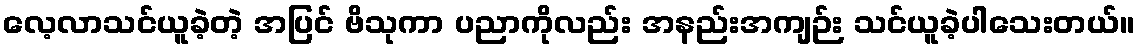
လေ့လာသင်ယူခဲ့တဲ့ အပြင် ဗိသုကာ ပညာကိုလည်း အနည်းအကျဉ်း သင်ယူခဲ့ပါသေးတယ်။